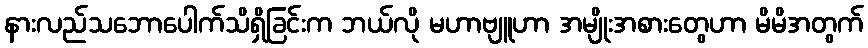
နားလည်သဘောပေါက်သိရှိခြင်းက ဘယ်လို မဟာဗျူဟာ အမျိုးအစားတွေဟာ မိမိအတွက်